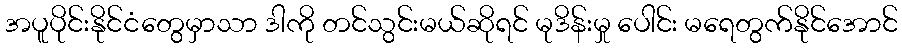
အပူပိုင်းနိုင်ငံတွေမှာသာ ဒါကို တင်သွင်းမယ်ဆိုရင် မုဒိန်းမှု ပေါင်း မရေတွက်နိုင်အောင်